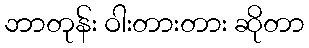
ဘာတုန်း ဝါးတားတား ဆိုတာ